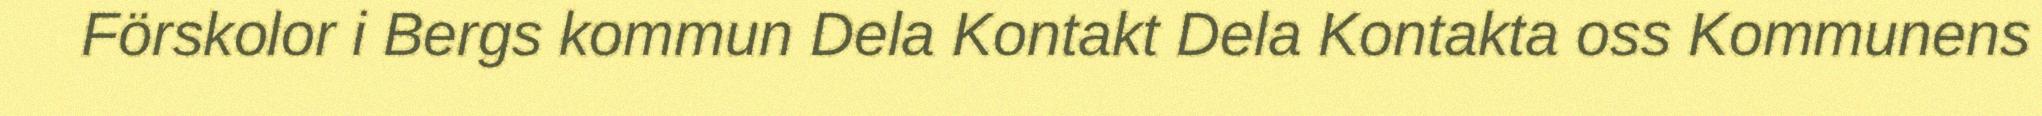
Förskolor i Bergs kommun Dela Kontakt Dela Kontakta oss Kommunens